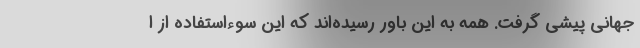
جهانی پیشی گرفت. همه به این باور رسیده‌اند که این سوءاستفاده از ا